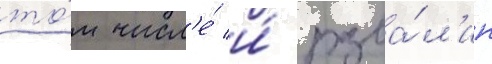
то́м числ'е́ и́ разва́л'ин